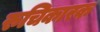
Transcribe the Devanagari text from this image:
रुचिकारक